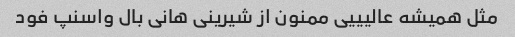
مثل همیشه عالیییی ممنون از شیرینی هانی بال واسنپ فود